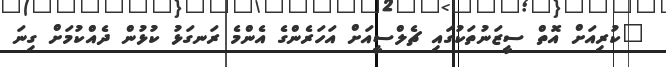
"ކުރިއަށް އޮތް ސީޒަނުތަކުގައި ޗެލްސީއަށް އަހަރެންގެ އެންމެ ރަނގަޅު ކުޅުން ދެއްކުމަށް ގިނަ